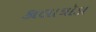
કાલાઘૉડા